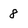
Character: 8